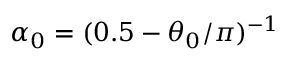
\alpha _ { 0 } = ( 0 . 5 - \theta _ { 0 } / \pi ) ^ { - 1 }